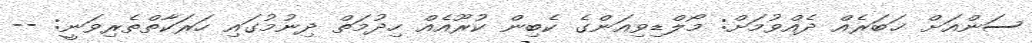
ސަންއަށް ޚަބަރެއް ދެއްވުމަށް: މޯލްޑިވިއަންގެ ކެބިން ކުރޫއެއް ހިދުމަތް ދިނުމުގައި ހަރަކާތްތެރިވަނީ: --